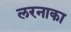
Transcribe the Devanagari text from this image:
लरनाका